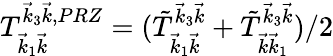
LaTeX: T_{\vec{k}_{1}\vec{k}}^{\vec{k}_{3}\vec{k},PRZ}=(\tilde{T}_{\vec{k}_{1}\vec{k}}^{\vec{k}_{3}\vec{k}}+\tilde{T}_{\vec{k}\vec{k}_{1}}^{\vec{k}_{3}\vec{k}})/2